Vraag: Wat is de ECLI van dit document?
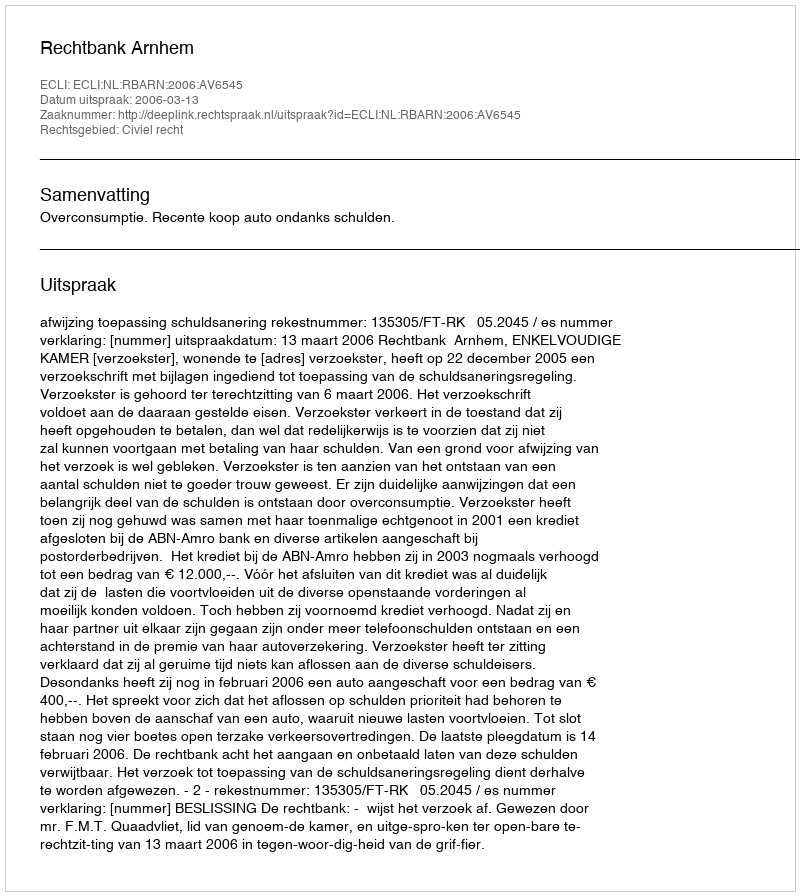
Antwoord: ECLI:NL:RBARN:2006:AV6545